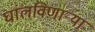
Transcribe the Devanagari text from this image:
घालविणार्‍या